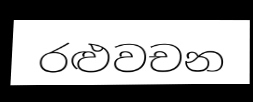
රළුවචන